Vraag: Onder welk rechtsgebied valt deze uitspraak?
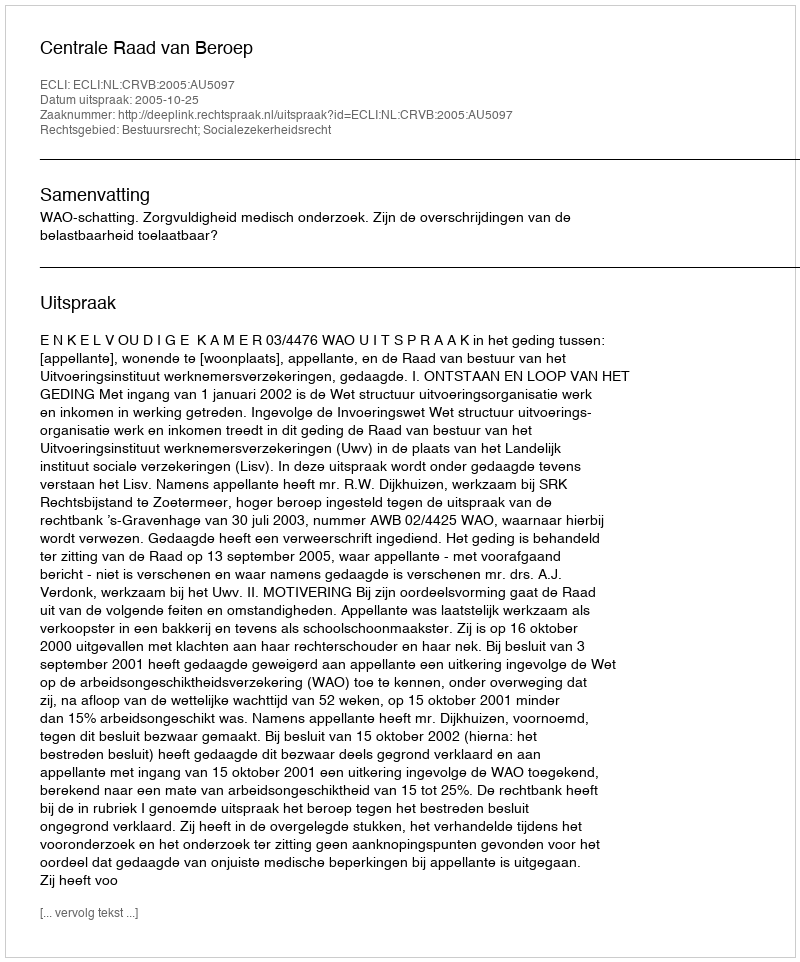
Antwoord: Bestuursrecht; Socialezekerheidsrecht